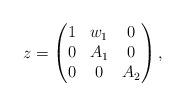
LaTeX: \begin{align*}z=\begin{pmatrix}1&w_1&0\\0&A_1&0\\0&0&A_2\end{pmatrix},\end{align*}